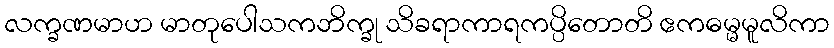
လက္ခဏမာဟ မာတုပေါသကဘိက္ခု သိခရာကာရကပ္ပိတောတိ ဧကဓမ္မမူလိကာ